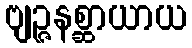
ဗျဉ္ဇနစ္ဆာယာယ